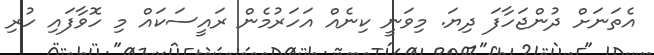
އެތަނަށް ދުންޖަހާފަ ދިޔަ. މިވަނީ ކިނެއް އަހަރުމެން ރައީސަކައް މި ހޮވާފައި ހުރި